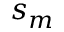
s _ { m }